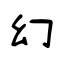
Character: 幻